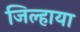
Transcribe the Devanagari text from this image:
जिल्हाया